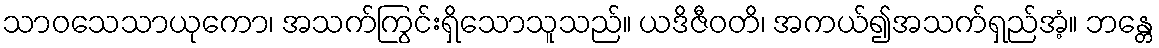
သာဝသေသာယုကော၊ အသက်ကြွင်းရှိသောသူသည်။ ယဒိဇီဝတိ၊ အကယ်၍အသက်ရှည်အံ့။ ဘန္တေ